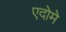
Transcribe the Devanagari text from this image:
एदोमे